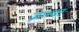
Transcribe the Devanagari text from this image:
ज्नाम्या